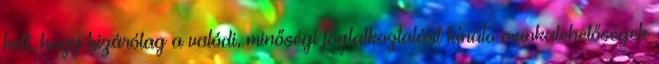
kell, hogy kizárólag a valódi, minőségi foglalkoztatást kínáló munkalehetőségek